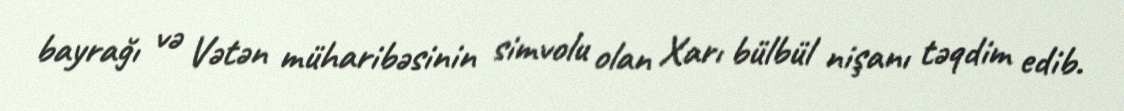
bayrağı və Vətən müharibəsinin simvolu olan Xarı bülbül nişanı təqdim edib.